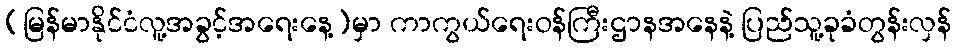
(မြန်မာနိုင်ငံလူ့အခွင့်အရေးနေ့)မှာ ကာကွယ်ရေးဝန်ကြီးဌာနအနေနဲ့ ပြည်သူ့ခုခံတွန်းလှန်